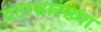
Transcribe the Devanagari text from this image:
पटासारख्या